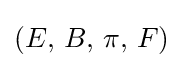
(E,\,B,\,\pi ,\,F)